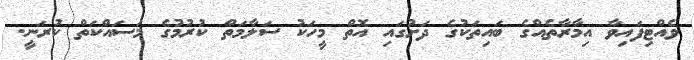
ވެއްޓިފައިވާ އިމާރާތެއްގެ ބައިތަކުގެ ދަށުގައި އޮތް މީހަކު ސަލާމަތް ކުރުމުގެ މަސައްކަތް ކުރަނީ.